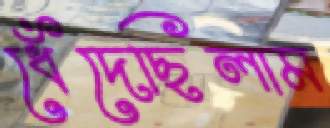
ধেঁদেছিলাম